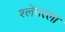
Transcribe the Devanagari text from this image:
श्लेयरला